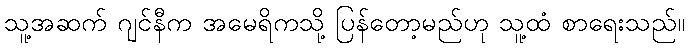
သူ့အဆက် ဂျင်နီက အမေရိကသို့ ပြန်တော့မည်ဟု သူ့ထံ စာရေးသည်။